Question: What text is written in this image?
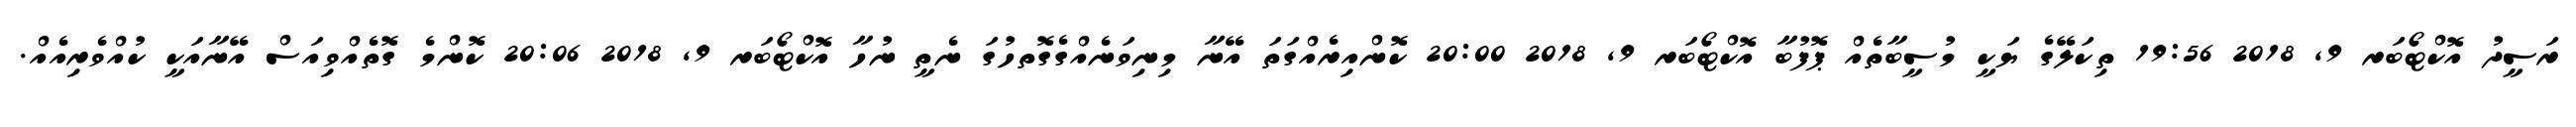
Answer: ރަސީދު އޮކްޓޯބަރ 9, 2018 19:56 ތިކަލޭގެ ޔަކީ މުސީބާތެއް ޕޮފުބާ އޮކްޓޯބަރ 9, 2018 20:00 ކޮންއިރެއްގަތަ އޭނާ މިނިވަނެއްގެގޮތހުގަ ނެތީ ނުހާ އޮކްޓޯބަރ 9, 2018 20:06 ކޮންމެ ގޮތެއްވިއަސް އޭނާއަކީ ކުއްވެރިއެއް.